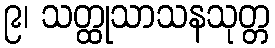
၉၊ သတ္ထုသာသနသုတ္တ